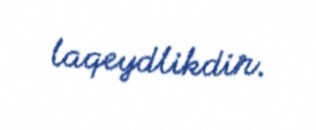
laqeydlikdir.